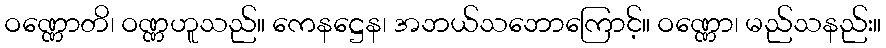
ဝဏ္ဏောတိ၊ ဝဏ္ဏဟူသည်။ ကေနဋ္ဌေန၊ အဘယ်သဘောကြောင့်။ ဝဏ္ဏော၊ မည်သနည်း။